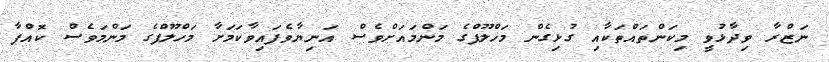
ނަޒްރާ ވިދާޅުވީ މިކަންތައްތަކާއި ގުޅިގެން މަހްލޫފްގެ މަންމައަށްވެސް އަނިޔާވެފައިވާކަމަށާ މަހްލޫފްގެ މަންމަވެސް ކޮއްޕާ